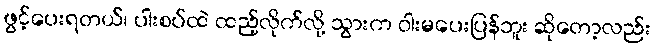
ဖွင့်ပေးရတယ်၊ ပါးစပ်ထဲ ထည့်လိုက်လို့ သွားက ဝါးမပေးပြန်ဘူး ဆိုတော့လည်း